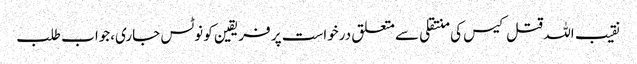
نقیب اللہ قتل کیس کی منتقلی سے متعلق درخواست پر فریقین کو نوٹس جاری،جواب طلب